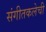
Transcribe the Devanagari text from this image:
संगीतकलेची